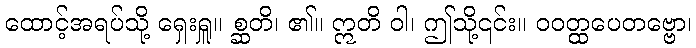
ထောင့်အရပ်သို့ ရှေးရှူ။ စ္ဆတိ၊ ၏။ ဣတိ ဝါ၊ ဤသို့၎င်း။ ဝဝတ္ထပေတဗ္ဗော၊